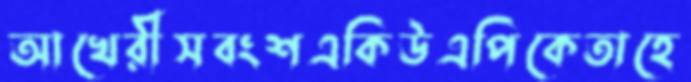
আখেরীসবংশএকিউএপিকেতাহে